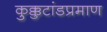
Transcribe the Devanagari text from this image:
कुक्कुटांडप्रमाण